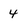
Character: 4